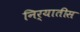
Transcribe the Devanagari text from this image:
निर्यातीस